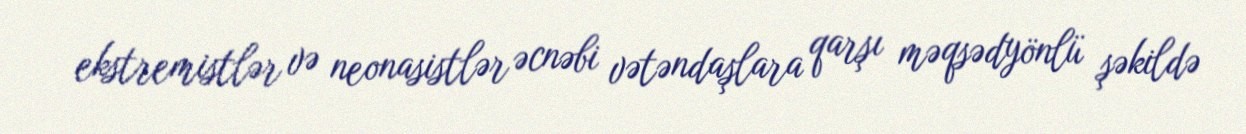
ekstremistlər və neonasistlər əcnəbi vətəndaşlara qarşı məqsədyönlü şəkildə